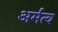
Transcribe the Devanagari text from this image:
अर्मत्व